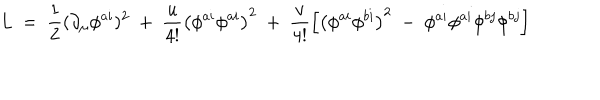
LaTeX: L ~ = ~ \frac { 1 } { 2 } ( \partial _ { \mu } \phi ^ { a i } ) ^ { 2 } ~ + ~ \frac { u } { 4 ! } \left( \phi ^ { a i } \phi ^ { a i } \right) ^ { 2 } ~ + ~ \frac { v } { 4 ! } \left[ \left( \phi ^ { a i } \phi ^ { b i } \right) ^ { 2 } ~ - ~ \phi ^ { a i } \phi ^ { a i } \phi ^ { b j } \phi ^ { b j } \right]